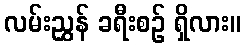
လမ်းညွှန် ခရီးစဉ် ရှိလား။